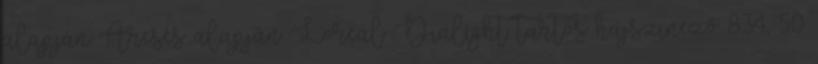
alapján Áresés alapján Loreal Dialight tartós hajszinező 8.34, 50